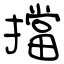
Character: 擋